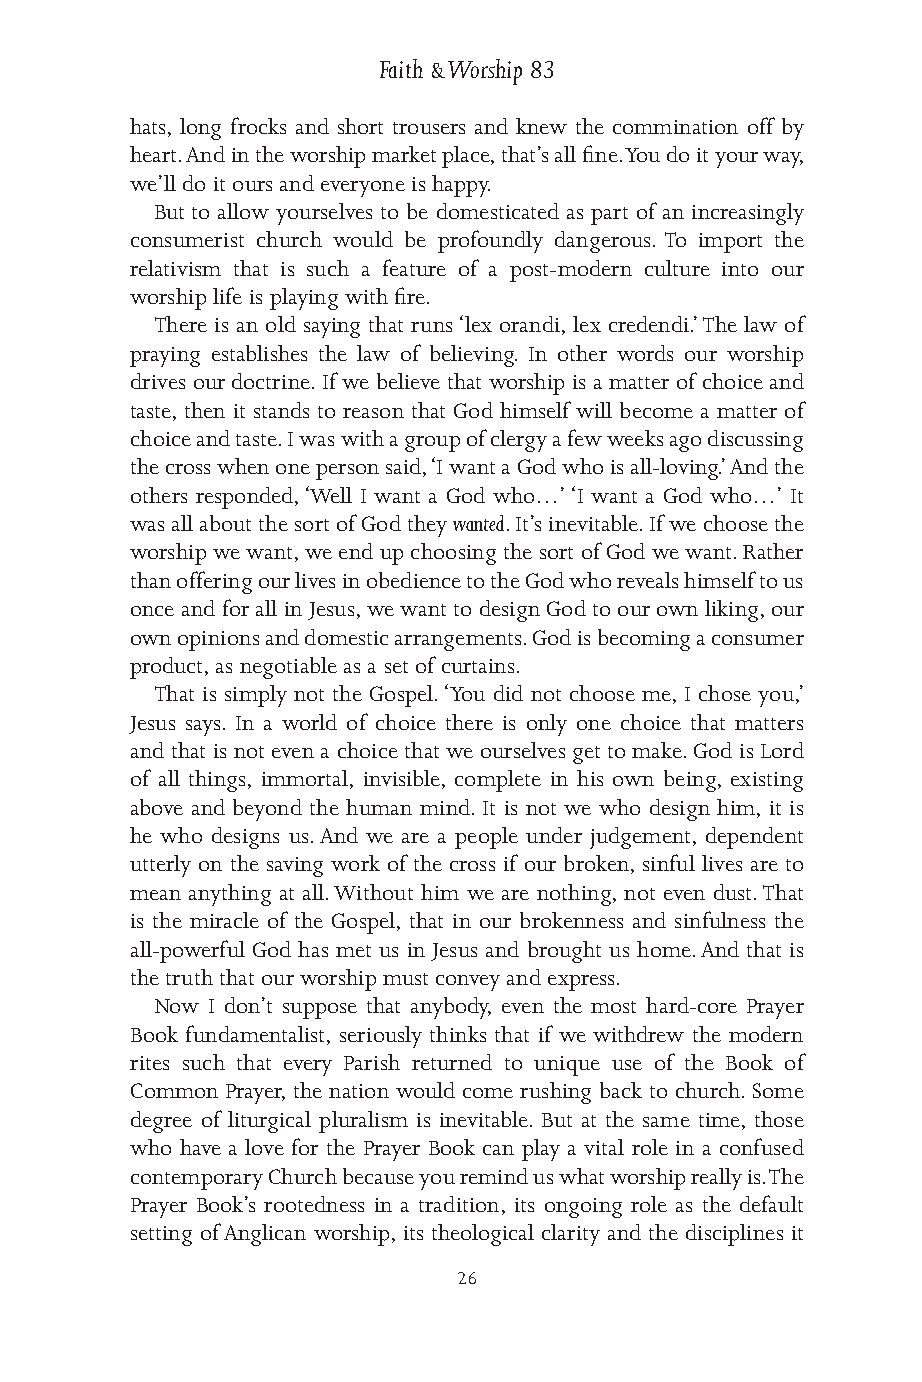
Faith & Worship 83
 hats, long frocks and short trousers and knew the commination off by
 heart. And in the worship market place, that’s all fine. You do it your way,
 we’ll do it ours and everyone is happy.
 But to allow yourselves to be domesticated as part of an increasingly
 consumerist church would be profoundly dangerous. To import the
 relativism that is such a feature of a post-modern culture into our
 worship life is playing with fire.
 There is an old saying that runs ‘lex orandi, lex credendi.’ The law of
 praying establishes the law of believing. In other words our worship
 drives our doctrine. If we believe that worship is a matter of choice and
 taste, then it stands to reason that God himself will become a matter of
 choice and taste. I was with a group of clergy a few weeks ago discussing
 the cross when one person said, ‘I want a God who is all-loving.’ And the
 others responded, ‘Well I want a God who…’ ‘I want a God who…’ It
 was all about the sort of God they wanted. It’s inevitable. If we choose the
 worship we want, we end up choosing the sort of God we want. Rather
 than offering our lives in obedience to the God who reveals himself to us
 once and for all in Jesus, we want to design God to our own liking, our
 own opinions and domestic arrangements. God is becoming a consumer
 product, as negotiable as a set of curtains.
 That is simply not the Gospel. ‘You did not choose me, I chose you,’
 Jesus says. In a world of choice there is only one choice that matters
 and that is not even a choice that we ourselves get to make. God is Lord
 of all things, immortal, invisible, complete in his own being, existing
 above and beyond the human mind. It is not we who design him, it is
 he who designs us. And we are a people under judgement, dependent
 utterly on the saving work of the cross if our broken, sinful lives are to
 mean anything at all. Without him we are nothing, not even dust. That
 is the miracle of the Gospel, that in our brokenness and sinfulness the
 all-powerful God has met us in Jesus and brought us home. And that is
 the truth that our worship must convey and express.
 Now I don’t suppose that anybody, even the most hard-core Prayer
 Book fundamentalist, seriously thinks that if we withdrew the modern
 rites such that every Parish returned to unique use of the Book of
 Common Prayer, the nation would come rushing back to church. Some
 degree of liturgical pluralism is inevitable. But at the same time, those
 who have a love for the Prayer Book can play a vital role in a confused
 contemporary Church because you remind us what worship really is. The
 Prayer Book’s rootedness in a tradition, its ongoing role as the default
 setting of Anglican worship, its theological clarity and the disciplines it
 26